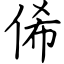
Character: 俙